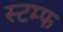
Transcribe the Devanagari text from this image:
स्टम्फ